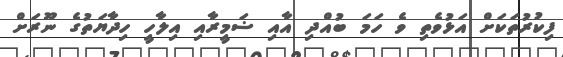
ފިކުރުތަކަށް އަޅުވެތި ވެ ހަމަ ބުއްދި އާއި ޟަމީރާއި އިލާހީ ހިދާޔަތުގެ ނޫރަށް